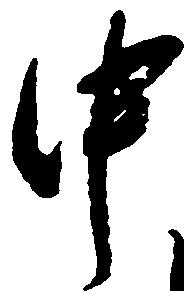
中